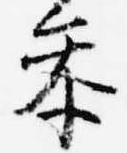
参